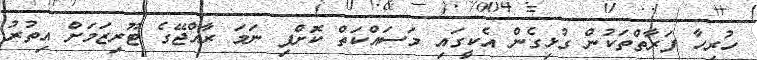
ހުރިހާ ފަރާތްތަކުން ގުޅިގެން އެކީގައި މަސައްކަތް ކޮށްފި ނަމަ ރާއްޖޭގެ ޓޫރިޒަމަށް އިތުރު